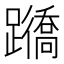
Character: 𨇊